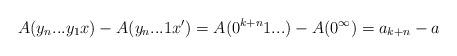
LaTeX: \begin{align*}A(y_n...y_1x) - A(y_n...1x') = A(0^{k+n}1...) - A(0^\infty)= a_{k+n} - a\end{align*}